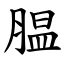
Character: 腽